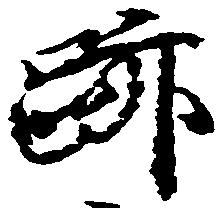
跡